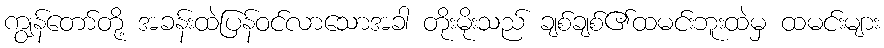
ကျွန်တော်တို့ အခန်းထဲပြန်ဝင်လာသောအခါ တိုးမိုးသည် ချစ်ချစ်၏ထမင်းဘူးထဲမှ ထမင်းများ